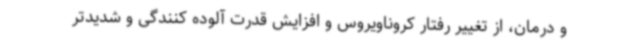
و درمان، از تغییر رفتار کروناویروس و افزایش قدرت آلوده کنندگی و شدیدتر